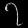
Digit: ၇